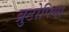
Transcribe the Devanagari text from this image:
ब्रुटोपिया